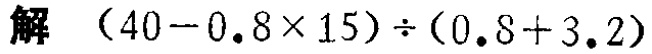
解\((40 - 0.8\times15)\div(0.8 + 3.2)\)